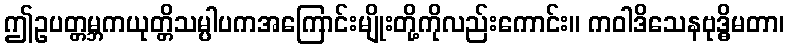
ဤဥပတ္တမ္ဘကယုတ္တိသမ္ပါပကအကြောင်းမျိုးတို့ကိုလည်းကောင်း။ ကဝါဒိသေနဗုဒ္ဓိမတာ၊